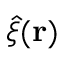
\hat { \xi } ( \mathbf { r } )